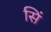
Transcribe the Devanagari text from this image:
सिं